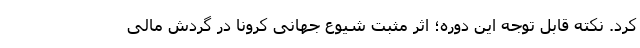
کرد. نکته قابل توجه این دوره؛ اثر مثبت شیوع جهانی کرونا در گردش مالی